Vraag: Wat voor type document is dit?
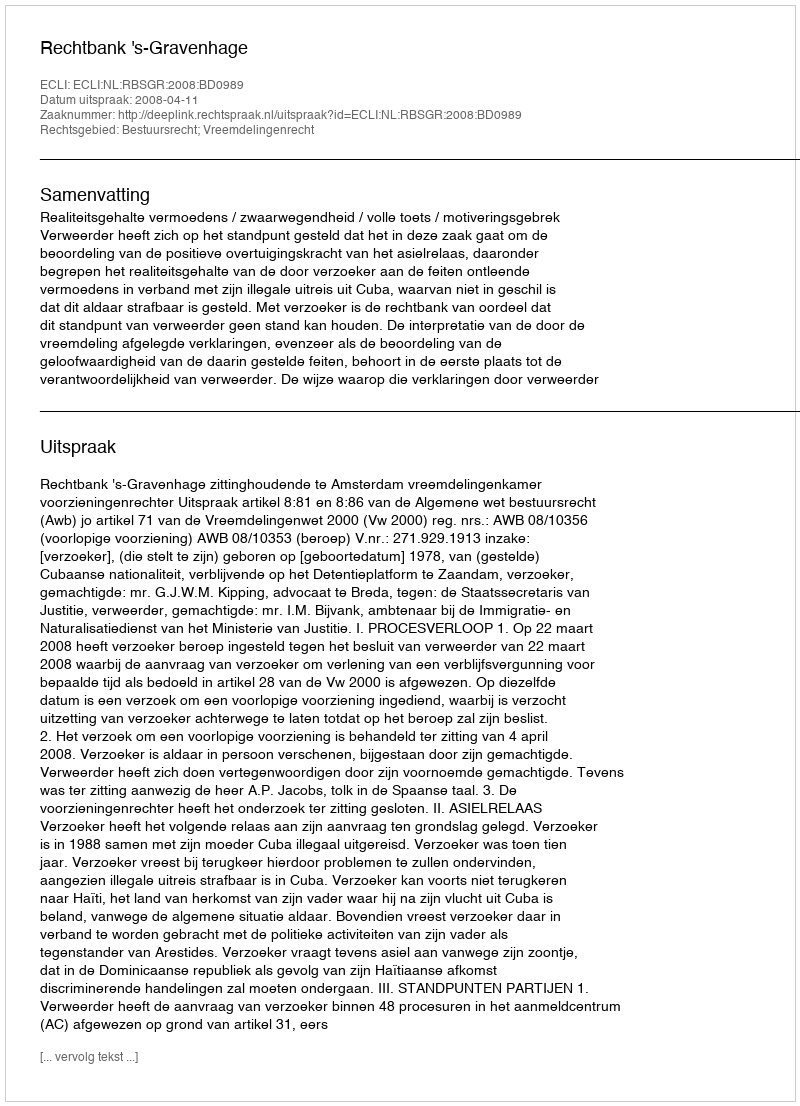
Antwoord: Uitspraak